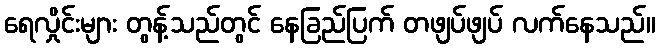
ရေလှိုင်းများ တွန့်သည်တွင် နေခြည်ပြက် တဖျပ်ဖျပ် လက်နေသည်။